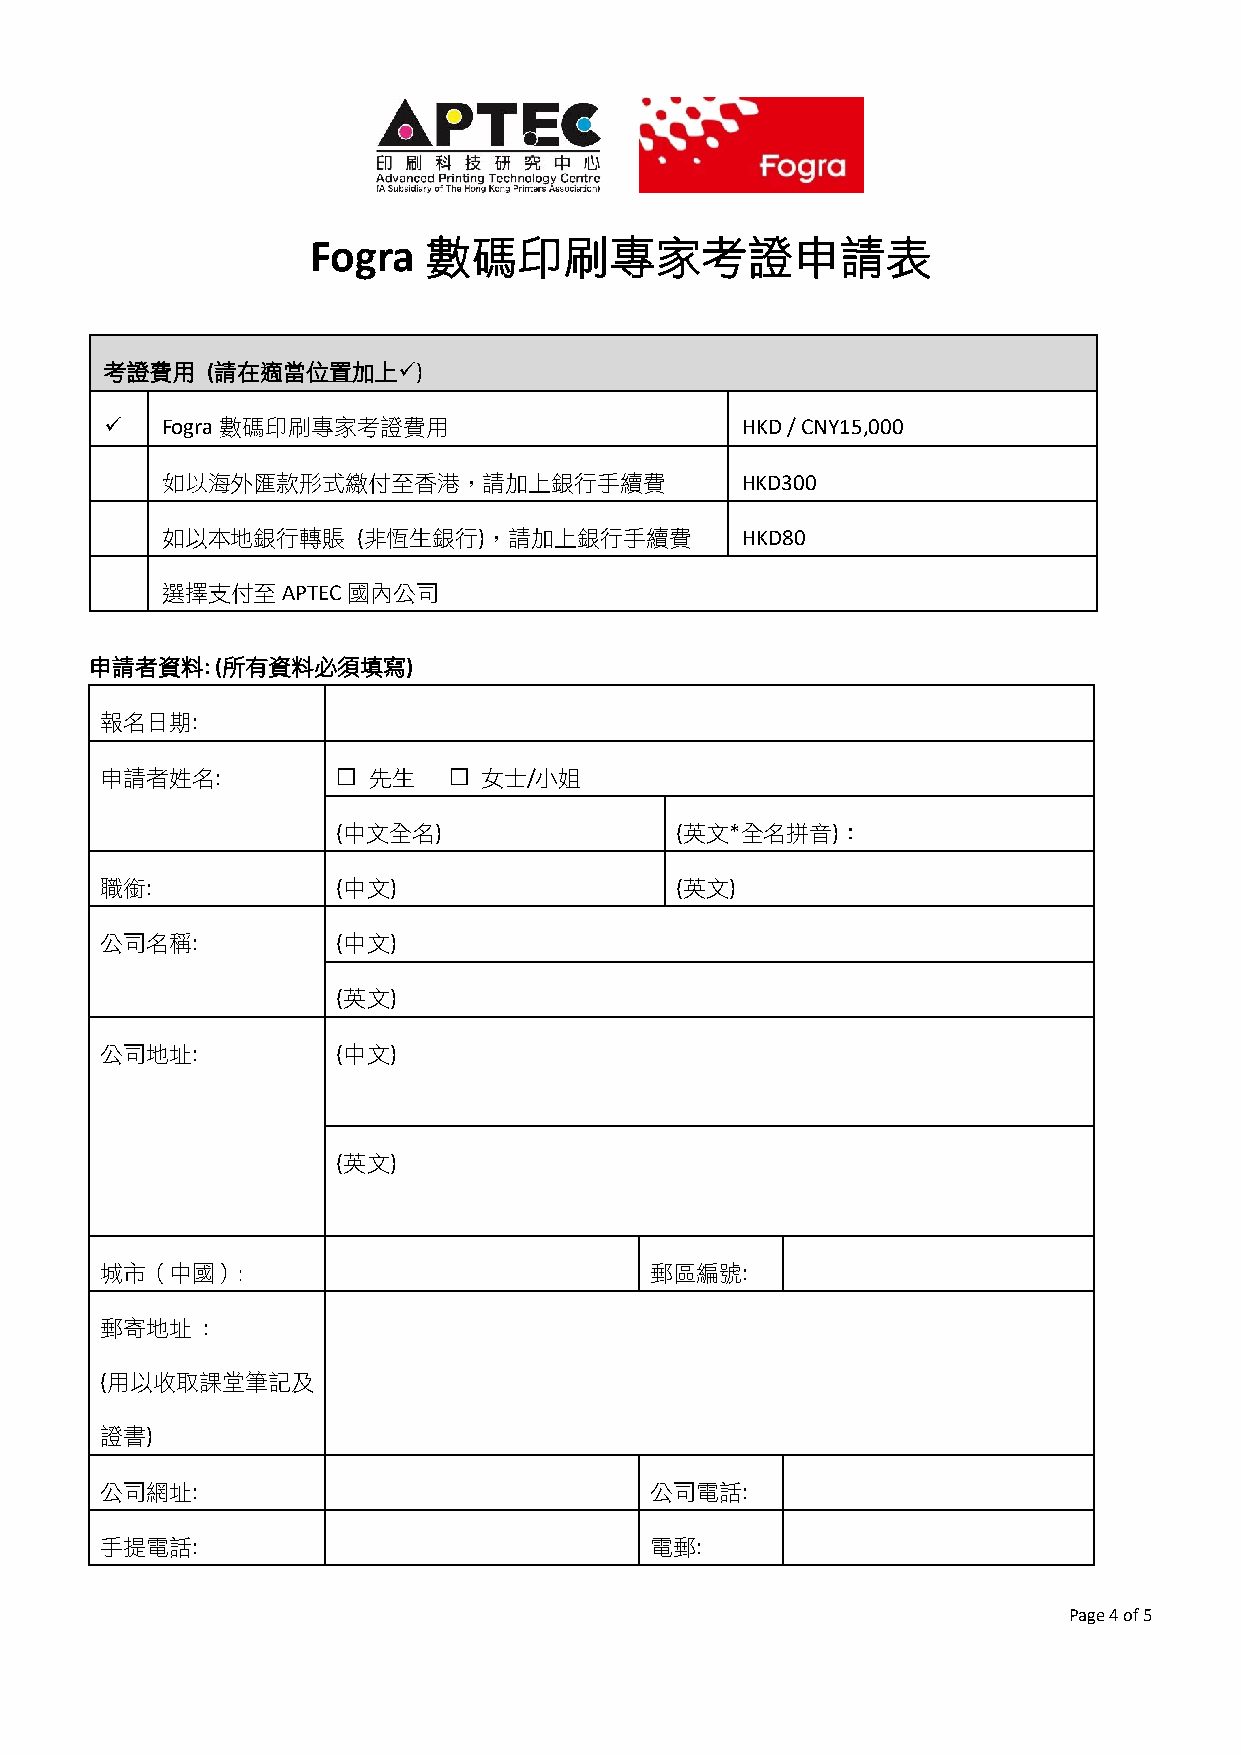
Fogra   數碼印刷專家考證申請表
 考證費用   (請在適當位置加上)
    Fogra數碼印刷專家考證費用                       HKD / CNY15,000
 如以海外匯款形式繳付至香港，請加上銀行手續費                HKD300
 如以本地銀行轉賬     (非恆生銀行)，請加上銀行手續費         HKD80
 選擇支付至APTEC國內公司
 申請者資料:  (所有資料必須填寫)
 報名日期:
 申請者姓名:          先生     女士/小姐
 (中文全名)                 (英文*全名拼音)：
 職銜:            (中文)                   (英文)
 公司名稱:          (中文)
 (英文)
 公司地址:          (中文)
 (英文)
 城市（中國）:                             郵區編號:
 郵寄地址  :
 (用以收取課堂筆記及
 證書)
 公司網址:                               公司電話:
 手提電話:                               電郵:
 Page 4 of 5